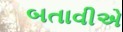
બતાવીએ